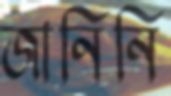
জানিনি